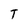
Character: T